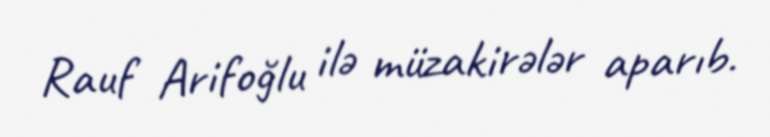
Rauf Arifoğlu ilə müzakirələr aparıb.